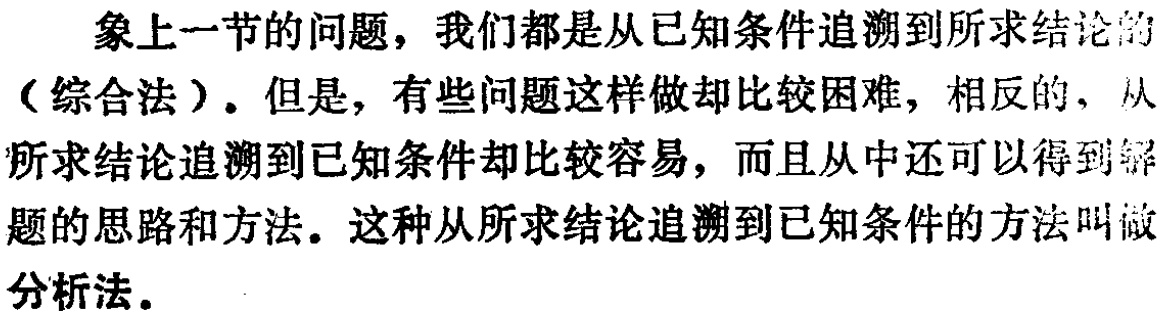
象上一节的问题，我们都是从已知条件追溯到所求结论的（综合法）。但是，有些问题这样做却比较困难，相反的，从所求结论追溯到已知条件却比较容易，而且从中还可以得到解题的思路和方法。这种从所求结论追溯到已知条件的方法叫做分析法。